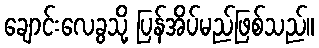
ချောင်းလေခွသို့ ပြန်အိပ်မည်ဖြစ်သည်။